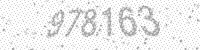
Solution: 978163